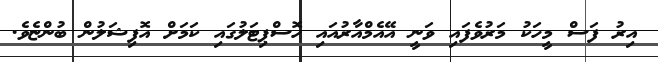
އިރު ފަސް މީހަކު މަރުވެފައި ވަނީ އޭއެމްއާރުއައި ހޮސްޕިޓަލުގައި ކަމަށް އޮފިޝަލުން ބުންޏެވެ.